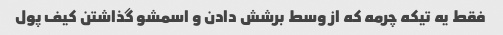
فقط یه تیکه چرمه که از وسط برشش دادن و اسمشو گذاشتن کیف پول